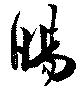
暘